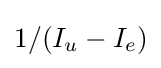
1/(I_{u}-I_{e})